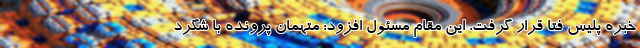
خبره پلیس فتا قرار گرفت. این مقام مسئول افزود: متهمان پرونده با شگرد